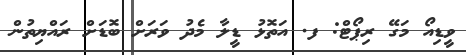
ވީޑިއޯ މަގޭ ރިޕޯޓް: ފ. އަތޮޅު ޑީލާ މެދު ވަރަށް ބޮޑަށް ރައްޔިތުން